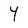
Character: 4